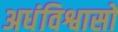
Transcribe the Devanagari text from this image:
अधंविश्वासों